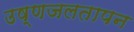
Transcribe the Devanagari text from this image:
उष्णजलतापन